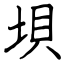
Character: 垻